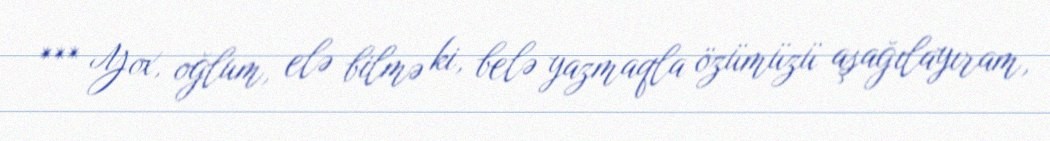
*** Yox, oğlum, elə bilmə ki, belə yazmaqla özümüzü aşağılayıram,